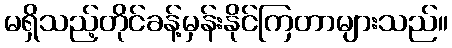
မရှိသည့်တိုင်ခန့်မှန်းနိုင်ကြတာများသည်။